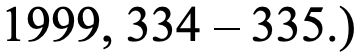
1999, 334 – 335.)